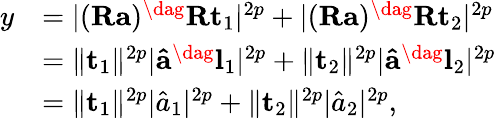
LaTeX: \begin{array}{rl}{y}&{=\lvert(\mathbf{R}\mathbf{a})^{\dag}\mathbf{R}\mathbf{t}_{1}\rvert^{2p}+\lvert(\mathbf{R}\mathbf{a})^{\dag}\mathbf{R}\mathbf{t}_{2}\rvert^{2p}}\\ &{=\lVert\mathbf{t}_{1}\rVert^{2p}\lvert\mathbf{\hat{a}}^{\dag}\mathbf{l}_{1}\rvert^{2p}+\lVert\mathbf{t}_{2}\rVert^{2p}\lvert\mathbf{\hat{a}}^{\dag}\mathbf{l}_{2}\rvert^{2p}}\\ &{=\lVert\mathbf{t}_{1}\rVert^{2p}\lvert\hat{a}_{1}\rvert^{2p}+\lVert\mathbf{t}_{2}\rVert^{2p}\lvert\hat{a}_{2}\rvert^{2p},}\end{array}